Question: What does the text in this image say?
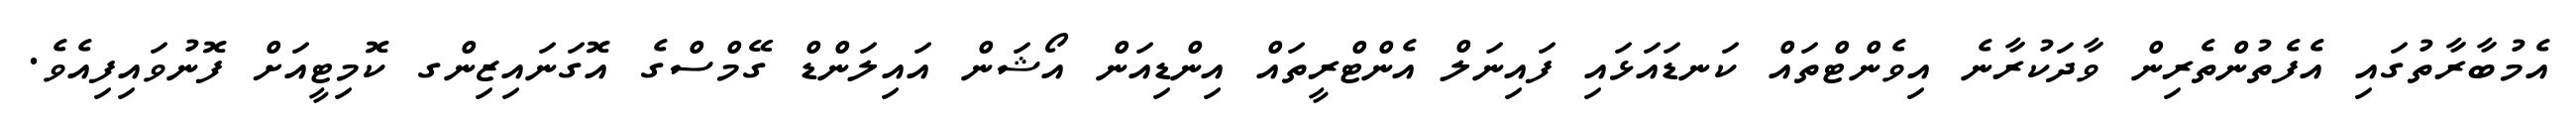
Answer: އެމުބާރާތުގައި އެފެތުންތެރިން ވާދަކުރާނެ އިވެންޓްތައް ކަނޑައަޅައި ފައިނަލް އެންޓްރީތައް އިންޑިއަން އޯޝަން އައިލަންޑް ގޭމްސްގެ އޮގަނައިޒިންގ ކޮމިޓީއަށް ފޮނުވައިފިއެވެ.